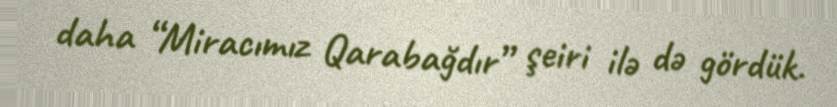
daha “Miracımız Qarabağdır” şeiri ilə də gördük.